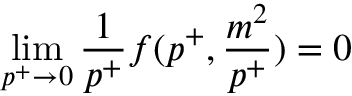
\operatorname * { l i m } _ { p ^ { + } \to 0 } { \frac { 1 } { p ^ { + } } } f ( p ^ { + } , { \frac { m ^ { 2 } } { p ^ { + } } } ) = 0